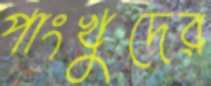
পাংখুদের